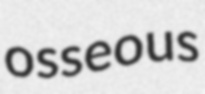
osseous